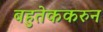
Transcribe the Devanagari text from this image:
बहुतेककरुन